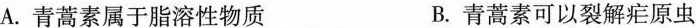
A.青蒿素属于脂溶性物质B.青蒿素可以裂解疟原虫